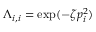
\boldsymbol { \Lambda } _ { i , i } = \exp ( - \zeta p _ { i } ^ { 2 } )